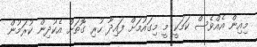
މިއިން އެއްވެސް ކަމަކީ މީ މިގައުމަށް ފައިދާ ހުރި ގޮތަށް އެކުދިން ކުރަމުން